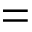
=